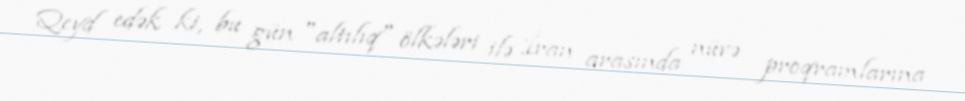
Qeyd edək ki, bu gün "altılıq" ölkələri ilə İran arasında nüvə proqramlarına